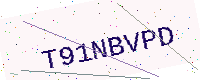
Text: T91NBVPD